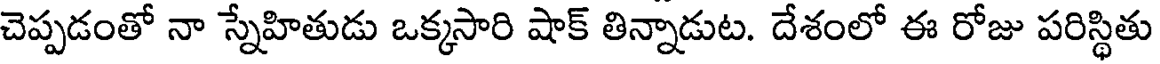
చెప్పడంతో నా స్నేహితుడు ఒక్కసారి షాక్ తిన్నాడుట. దేశంలో ఈ రోజు పరిస్థితు